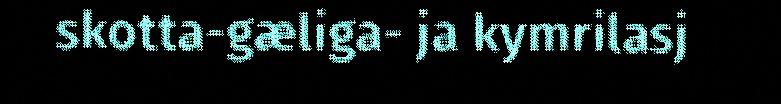
skotta-gæliga- ja kymrilasj